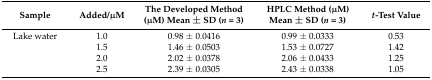
| Sample | Added/μM | The Developed Method (μM) Mean ± SD (n = 3) | HPLC Method (μM) Mean ± SD (n = 3) | t-Test Value |
 | --- | --- | --- | --- | --- |
 | Lake water | 1.0 | 0.98 ± 0.0416 | 0.99 ± 0.0333 | 0.53 |
 |  | 1.5 | 1.46 ± 0.0503 | 1.53 ± 0.0727 | 1.42 |
 |  | 2.0 | 2.02 ± 0.0378 | 2.06 ± 0.0433 | 1.25 |
 |  | 2.5 | 2.39 ± 0.0305 | 2.43 ± 0.0338 | 1.05 |